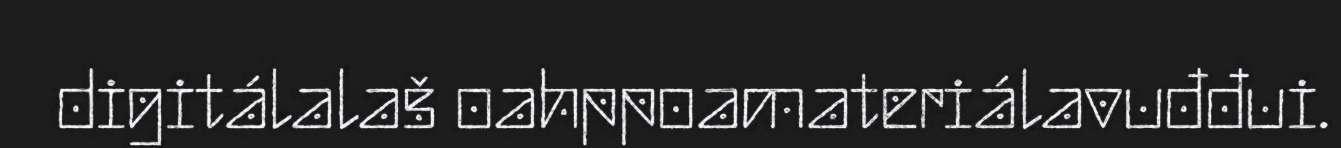
digitálalaš oahppoamateriálavuđđui.